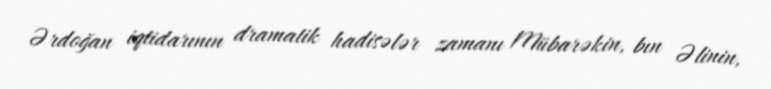
Ərdoğan iqtidarının dramatik hadisələr zamanı Mübarəkin, bın Əlinin,